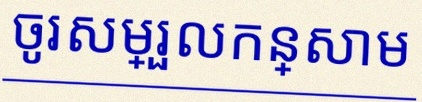
ចូរសម្រួលកន្សោម